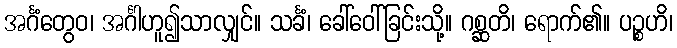
အင်္ဂံတွေဝ၊ အင်္ဂါဟူ၍သာလျှင်။ သင်္ခံ၊ ခေါ်ဝေါ်ခြင်းသို့။ ဂစ္ဆတိ၊ ရောက်၏။ ပဉ္စဟိ၊